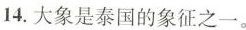
14.大象是泰国的禁征之一.